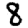
Digit: 8